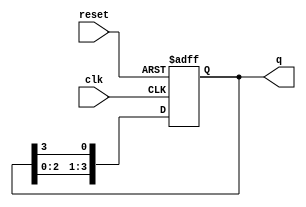
module ring_counter (
    input wire clk,         // Clock signal
    input wire reset,       // Asynchronous reset signal
    output reg [N-1:0] q    // Output of the ring counter
);
    parameter N = 4;        // Number of stages (flip-flops)

    // Initial state
    initial begin
        q = 1'b1;           // Set the first flip-flop to '1' and others to '0'
    end

    always @(posedge clk or posedge reset) begin
        if (reset) begin
            q <= 1'b1;      // Reset the counter to the initial state
        end else begin
            q <= {q[N-2:0], q[N-1]}; // Shift the '1' to the next flip-flop
        end
    end
endmodule